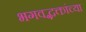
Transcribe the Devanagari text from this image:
भगवद्भक्तांच्या